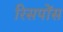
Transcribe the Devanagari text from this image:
रिसपोंस